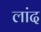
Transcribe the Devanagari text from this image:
लांद